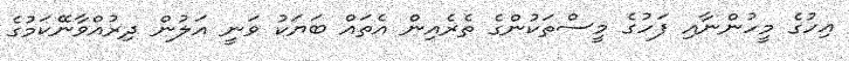
އިހުގެ މީހުންނާއި ފަހުގެ މީސްތަކުންގެ ތެރެއިން އެތައް ބަޔަކު ވަނީ އަލުން ދިރުއްވާނޭކަމުގެ